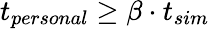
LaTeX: t_{personal}\ge\beta\cdot t_{sim}